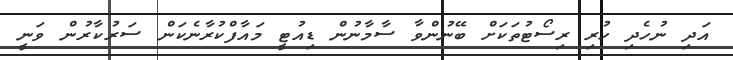
އަދި ނުހެދި ހުރި ރިސޯޓުތަކަށް ބޭނުންވާ ސާމާނުން ޑިއުޓީ މައާފްކުރާނެކަން ސަރުކާރުން ވަނީ